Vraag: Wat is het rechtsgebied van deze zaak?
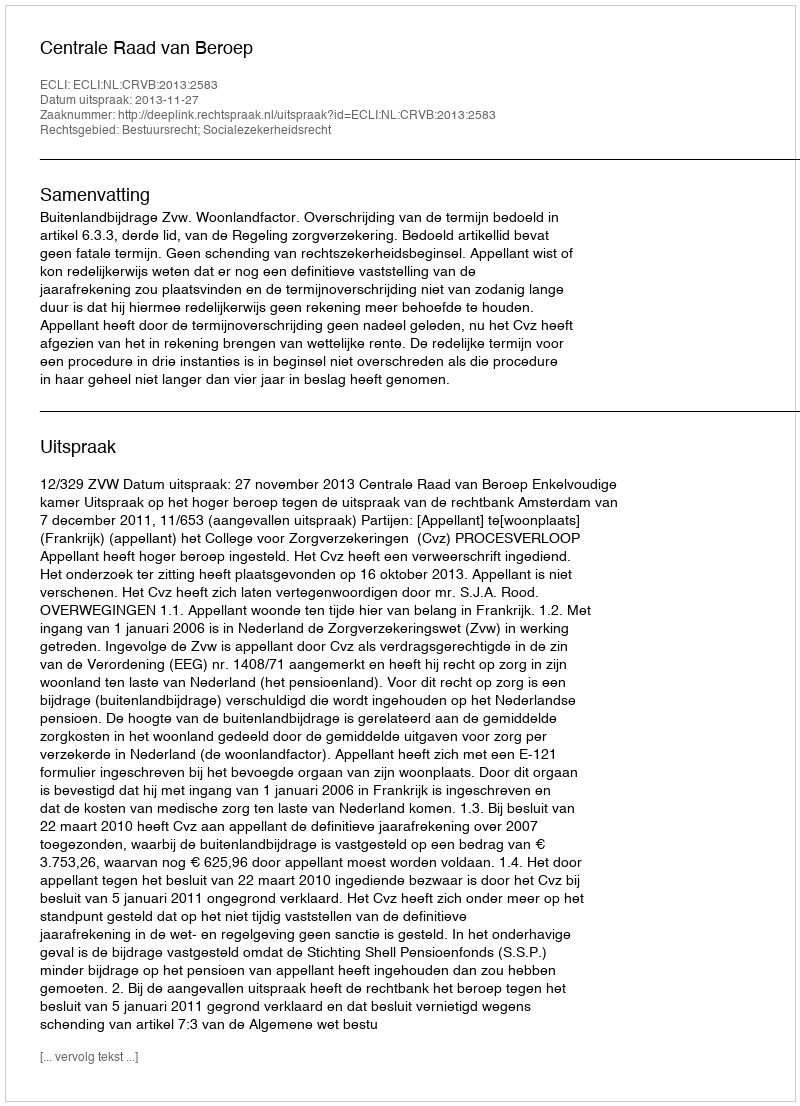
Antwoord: Bestuursrecht; Socialezekerheidsrecht